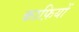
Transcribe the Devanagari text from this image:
काफ़ियों